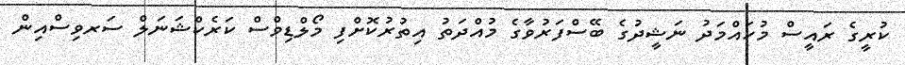
ކުރީގެ ރައީސް މުހައްމަދު ނަޝީދުގެ ބޭސްފަރުވާގެ މުއްދަތު އިތުރުކޮށްފި މޯލްޑިވްސް ކަރެކްޝަނަލް ސަރވިސްއިން